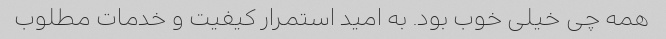
همه چی خیلی خوب بود. به امید استمرار کیفیت و خدمات مطلوب